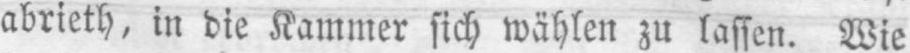
abrieth, in die Kammer sich wählen zu lassen. Wie